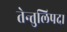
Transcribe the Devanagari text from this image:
तेन्तुलिपदा